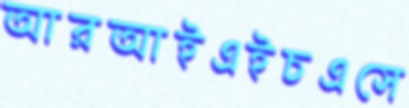
আরআইএইচএসে